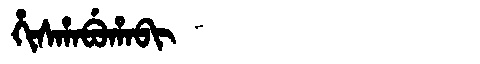
Manchu: ᡥᡳᠰᡥᠠᠪᡠᡥᠠᠪᡳ
Romanization: HISHABUHABI